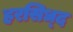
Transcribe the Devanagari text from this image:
हरसिध्द